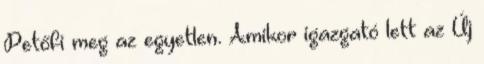
Petőfi meg az egyetlen. Amikor igazgató lett az Új